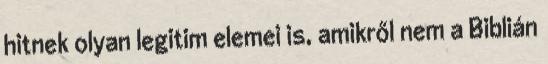
hitnek olyan legitim elemei is, amikről nem a Biblián